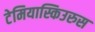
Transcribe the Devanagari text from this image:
टेमियास्किउरुस